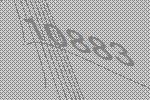
10883